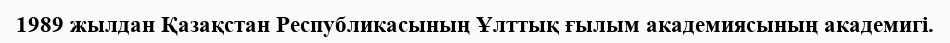
1989 жылдан Қазақстан Республикасының Ұлттық ғылым академиясының академигі.